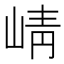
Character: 崝